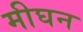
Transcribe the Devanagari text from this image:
मीघन